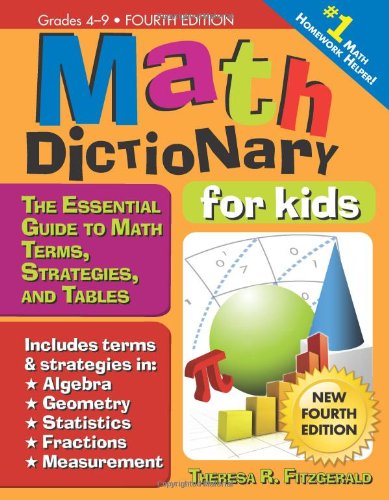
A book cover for Math Dictionary for Kids, 4E: The Essential Guide to Math Terms, Strategies, and Tables; Theresa Fitzgerald; Children's Books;